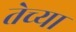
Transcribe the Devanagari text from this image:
तेच्या